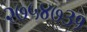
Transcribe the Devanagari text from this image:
२७५४७३१